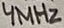
Text: 4MHz